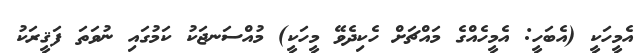
އެމީހަކީ (އެބަހީ: އެމީހެއްގެ މައްޗަށް ހެކިދެވޭ މީހަކީ) މުއްސަނޖަކު ކަމުގައި ނުވަތަ ފަޤީރަކު